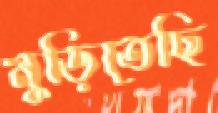
মুড়িতেছি